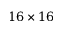
1 6 \times 1 6